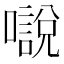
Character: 𡁾